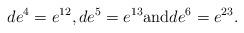
LaTeX: \begin{align*} de^4=e^{12}, de^5=e^{13} \mathrm{and} de^6=e^{23}.\end{align*}